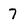
Character: 7